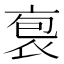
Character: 袌